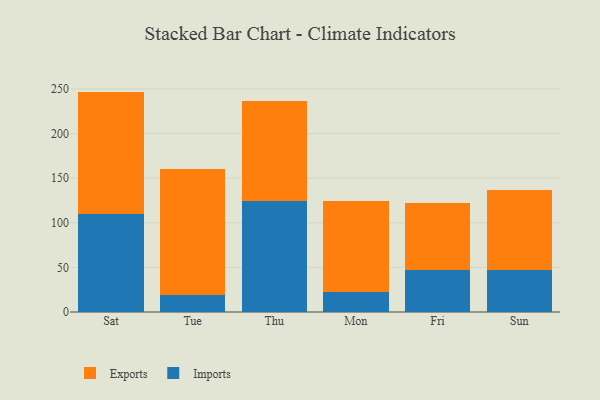
{"axis": {"x": "Day", "y": "Temperature (°C)"}, "legend": ["Exports", "Imports"], "data": [{"x": "Sat", "y": 109.9, "type": "Imports"}, {"x": "Sat", "y": 137.1, "type": "Exports"}, {"x": "Tue", "y": 18.6, "type": "Imports"}, {"x": "Tue", "y": 141.5, "type": "Exports"}, {"x": "Thu", "y": 124.2, "type": "Imports"}, {"x": "Thu", "y": 112.0, "type": "Exports"}, {"x": "Mon", "y": 22.0, "type": "Imports"}, {"x": "Mon", "y": 102.0, "type": "Exports"}, {"x": "Fri", "y": 46.8, "type": "Imports"}, {"x": "Fri", "y": 75.0, "type": "Exports"}, {"x": "Sun", "y": 47.0, "type": "Imports"}, {"x": "Sun", "y": 89.6, "type": "Exports"}]}